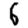
Digit: 6